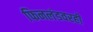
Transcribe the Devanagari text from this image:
फिनलंडवरही